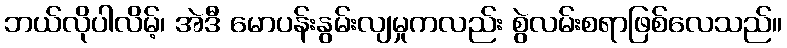
ဘယ်လိုပါလိမ့်၊ အဲဒီ မောပန်းနွမ်းလျမှုကလည်း စွဲလမ်းစရာဖြစ်လေသည်။